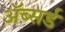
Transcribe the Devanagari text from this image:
ॲब्सर्ड